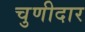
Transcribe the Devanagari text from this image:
चुणीदार